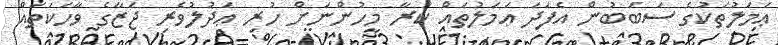
ޢަމަލުތަކުގެ ސަބަބުން އެފަދަ ޢަމަލުތައް ކުރާ މީހުންނަށް ހުރި ޢަދުލުވެރި ޖަޒާގެ ވާހަކަތައް